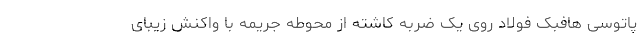
پاتوسی هافبک فولاد روی یک ضربه کاشته از محوطه جریمه با واکنش زیبای